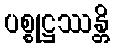
ပစ္စုဋ္ဌဿန္တိ